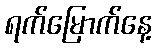
ရက်မြောက်နေ့